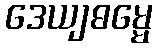
ဒေယျဓမ္မေ